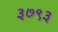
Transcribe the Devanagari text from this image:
३७९३